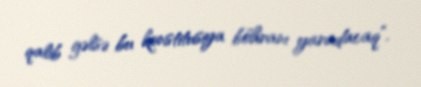
qalib gəlsə bu konstitusiya böhranı yaradacaq”.